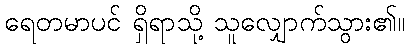
ရေတမာပင် ရှိရာသို့ သူလျှောက်သွား၏။